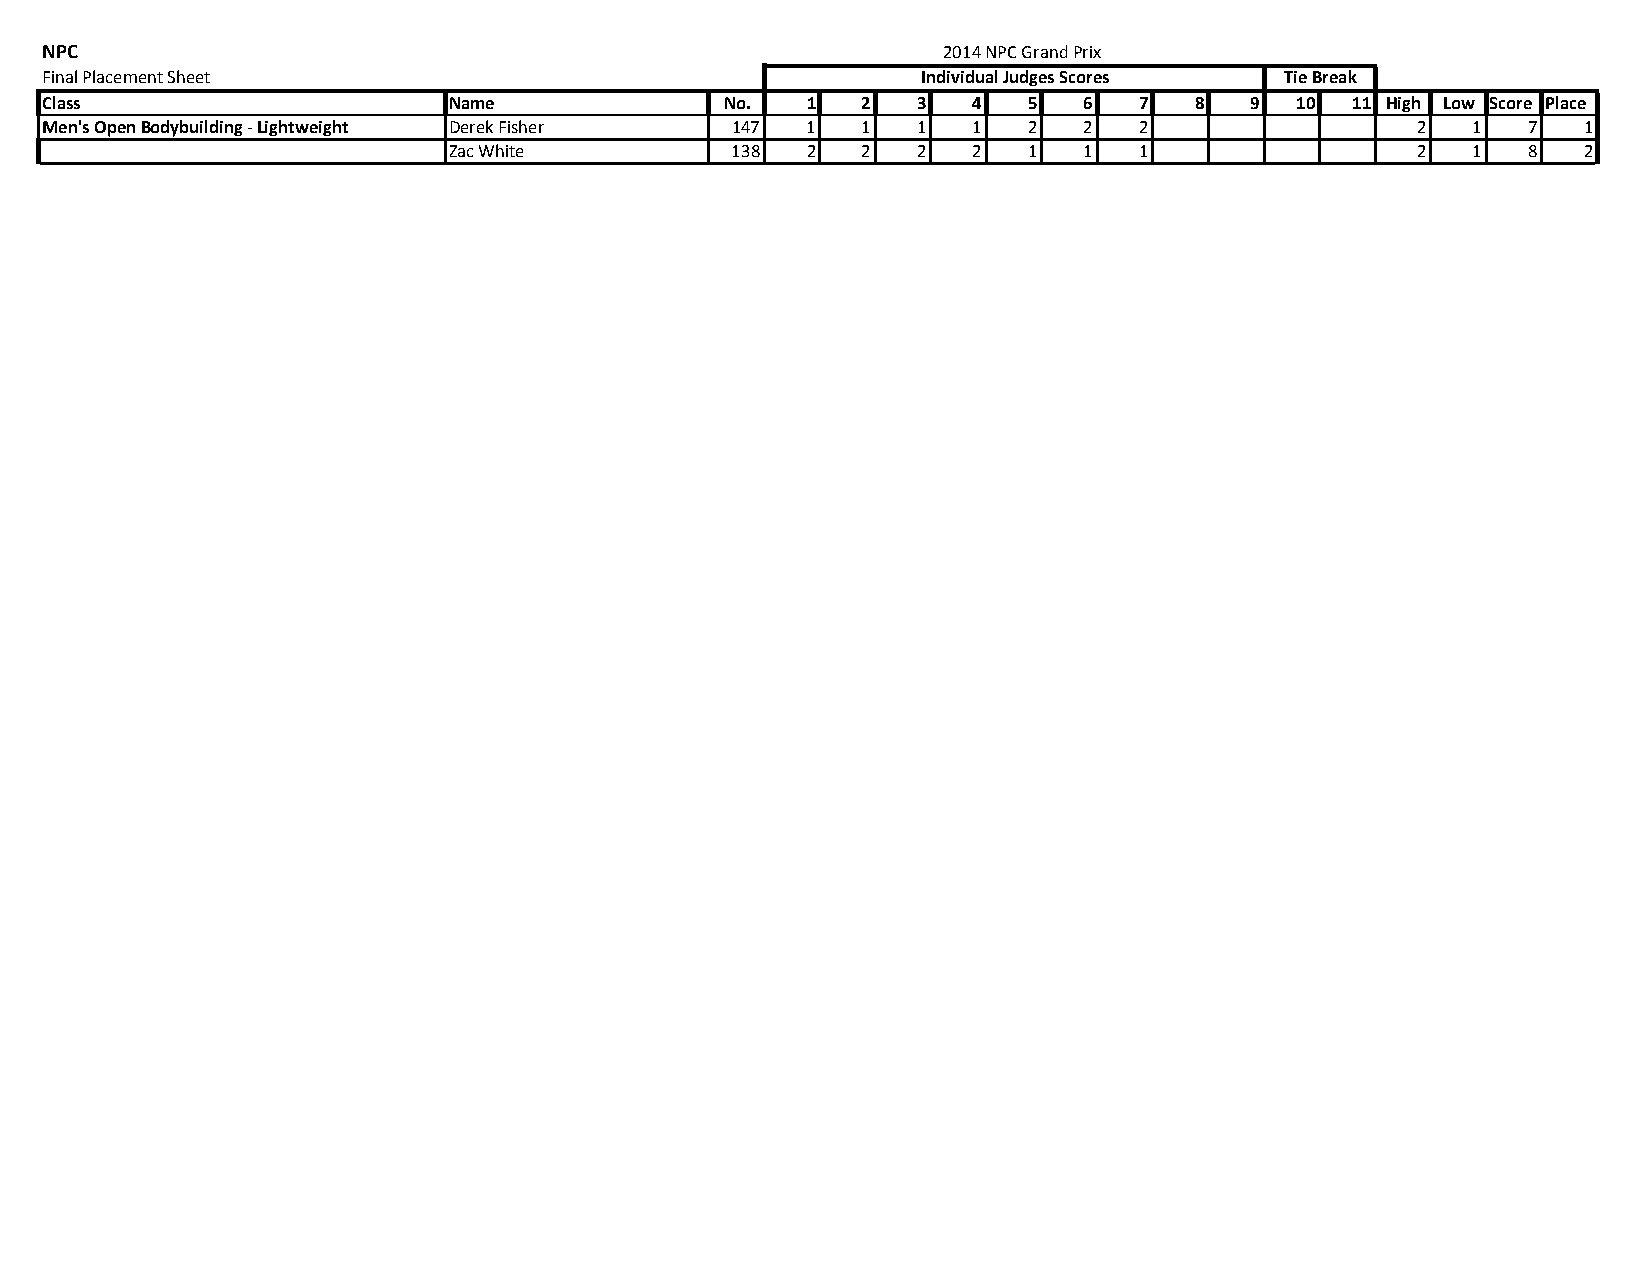
NPC                                                        2014 NPC Grand Prix
 Final Placement Sheet                                     Individual Judges Scores Tie Break
 Class                      Name              No.  1   2   3  4   5   6  7   8   9  10 11 High Low Score Place
 Men's Open Bodybuilding ‐ Lightweight Derek Fisher 147 1 1 1 1   2   2  2                  2  1   7   1
 Zac White         138  2   2   2  2   1   1  1                  2  1   8   2